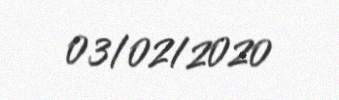
03/02/2020